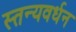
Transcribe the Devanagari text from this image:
स्तन्यवर्धन